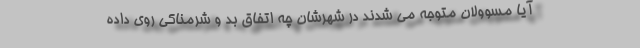
آیا مسوولان متوجه می شدند در شهرشان چه اتفاق بد و شرمناکی روی داده